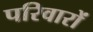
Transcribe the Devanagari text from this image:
परिवारों